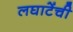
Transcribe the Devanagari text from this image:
लघाटेंची